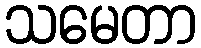
သမေတာ